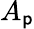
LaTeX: A_{\mathsf{p}}